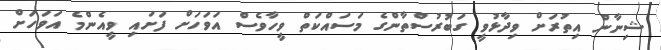
ޝިނާން އިތުރަށް ވިދާޅުވީ ގަބުރުސްތާންގެ މަސައްކަތް ވީހާވެސް އަވަހަށް ފަށައި ވީއެންމެ އަވަހަށް